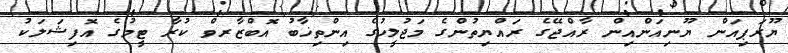
ޔޫރަޕިއަން ޔޫނިއަންއިން ރާއްޖޭގެ ރައްޔިތުންގެ މަޖުލީހުގެ އިންތިޚާބު އޮބްޒާރވް ކުރާ ޓީމުގެ އޮފިޝަލަކު